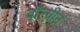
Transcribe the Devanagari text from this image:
वॉल्ग्रीन